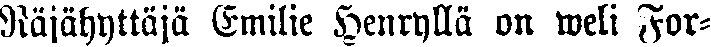
Räjähyttäjä Emilie Henryllä on weli For-